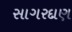
સાગરદાણ